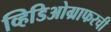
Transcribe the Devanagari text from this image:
व्हिडिओग्राफरची